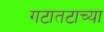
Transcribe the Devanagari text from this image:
गटातटाच्या